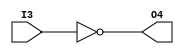
module schematic1(
	input I3,
	output O4
);


not U2 (O4,I3);

endmodule